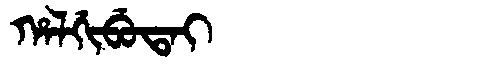
Manchu: ᡥᠠᠯᡤᡳᠪᡠᡨᠠᡳ
Romanization: HALGIBUTAI